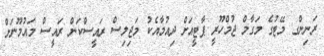
ރަނިންގ މޭޓުގެ މަގާމް ޖުމްހޫރީ ޕާޓީއަށް ދިއުމާއެކު މަޖިލިސް ރައީސްކަން ރައީސް މައުމޫނަށް